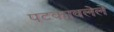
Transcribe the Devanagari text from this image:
पटकावलेले